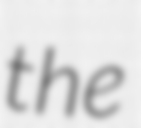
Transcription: the